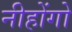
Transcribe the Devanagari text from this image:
नीहोंगो